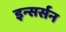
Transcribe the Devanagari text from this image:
इन्सर्सन